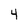
Character: 4